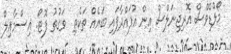
މޯލްޑްވްސް އޮރިޖިނަލްސް އިން އުފައްދާފައި ބައެއް ތަކެތި  ވަގުތު ފޮޓޯ: އިސްމާއިލް